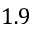
1 . 9